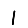
Digit: 1